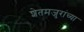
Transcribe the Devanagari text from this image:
शेतमजुरांच्या